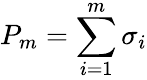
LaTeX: P_{m}=\sum_{i=1}^{m}\sigma_{i}